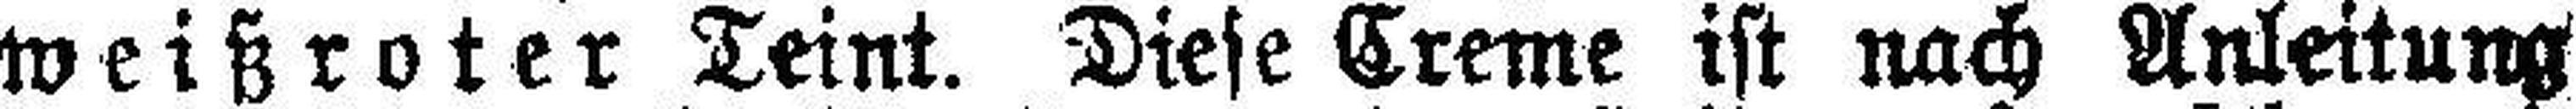
weißroter Teint. Diese Creme ist nach Anleitung